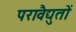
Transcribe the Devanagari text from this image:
परावैद्युतों